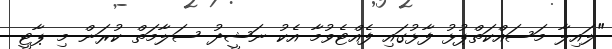
"ލައިލާ މަސައްކަތްޕުޅު ފާޅުގައި ފެއްޓެވުމާ އެކު ނަޝީދު ސަލާމަތް ކުރަން މި ޕާޓީ